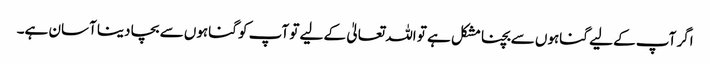
اگر آپ کے لیے گناہوں سے بچنا مشکل ہے تو اللہ تعالیٰ کے لیے تو آپ کو گناہوں سے بچا دینا آسان ہے۔